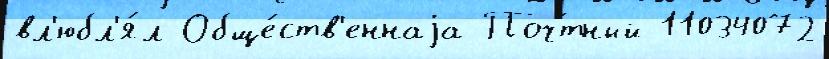
вл'юбл'я́л Обще́ств'еннаjа Поч́тный 11034072